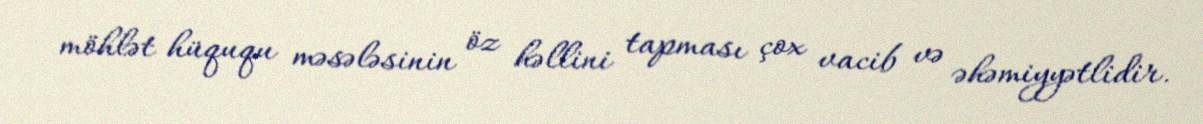
möhlət hüququ məsələsinin öz həllini tapması çox vacib və əhəmiyyətlidir.